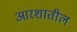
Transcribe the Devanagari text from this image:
आरशातील